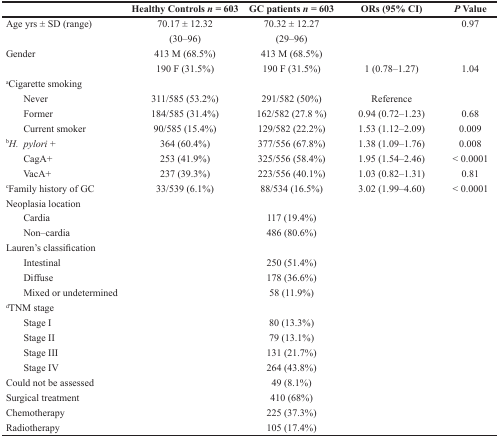
<table><thead><tr><td></td><td><b>Healthy Controls <i>n</i> = 603</b></td><td><b>GC patients <i>n</i> = 603</b></td><td><b>ORs (95% CI)</b></td><td><b><i>P</i> Value</b></td></tr></thead><tbody><tr><td>Age yrs ± SD (range)</td><td>70.17 ± 12.32</td><td>70.32 ± 12.27</td><td></td><td>0.97</td></tr><tr><td></td><td>(30–96)</td><td>(29–96)</td><td></td><td></td></tr><tr><td>Gender</td><td>413 M (68.5%)</td><td>413 M (68.5%)</td><td></td><td></td></tr><tr><td></td><td>190 F (31.5%)</td><td>190 F (31.5%)</td><td>1 (0.78–1.27)</td><td>1.04</td></tr><tr><td><sup>a</sup>Cigarette smoking</td><td></td><td></td><td></td><td></td></tr><tr><td> Never</td><td>311/585 (53.2%)</td><td>291/582 (50%)</td><td>Reference</td><td></td></tr><tr><td> Former</td><td>184/585 (31.4%)</td><td>162/582 (27.8 %)</td><td>0.94 (0.72–1.23)</td><td>0.68</td></tr><tr><td> Current smoker</td><td>90/585 (15.4%)</td><td>129/582 (22.2%)</td><td>1.53 (1.12–2.09)</td><td>0.009</td></tr><tr><td><sup>b</sup><i>H. pylori</i> +</td><td>364 (60.4%)</td><td>377/556 (67.8%)</td><td>1.38 (1.09–1.76)</td><td>0.008</td></tr><tr><td> CagA+</td><td>253 (41.9%)</td><td>325/556 (58.4%)</td><td>1.95 (1.54–2.46)</td><td>&lt; 0.0001</td></tr><tr><td> VacA+</td><td>237 (39.3%)</td><td>223/556 (40.1%)</td><td>1.03 (0.82–1.31)</td><td>0.81</td></tr><tr><td><sup>c</sup>Family history of GC</td><td>33/539 (6.1%)</td><td>88/534 (16.5%)</td><td>3.02 (1.99–4.60)</td><td>&lt; 0.0001</td></tr><tr><td>Neoplasia location</td><td></td><td></td><td></td><td></td></tr><tr><td> Cardia</td><td></td><td>117 (19.4%)</td><td></td><td></td></tr><tr><td> Non–cardia</td><td></td><td>486 (80.6%)</td><td></td><td></td></tr><tr><td>Lauren&#x27;s classification</td><td></td><td></td><td></td><td></td></tr><tr><td> Intestinal</td><td></td><td>250 (51.4%)</td><td></td><td></td></tr><tr><td> Diffuse</td><td></td><td>178 (36.6%)</td><td></td><td></td></tr><tr><td> Mixed or undetermined</td><td></td><td>58 (11.9%)</td><td></td><td></td></tr><tr><td><sup>d</sup>TNM stage</td><td></td><td></td><td></td><td></td></tr><tr><td> Stage I</td><td></td><td>80 (13.3%)</td><td></td><td></td></tr><tr><td> Stage II</td><td></td><td>79 (13.1%)</td><td></td><td></td></tr><tr><td> Stage III</td><td></td><td>131 (21.7%)</td><td></td><td></td></tr><tr><td> Stage IV</td><td></td><td>264 (43.8%)</td><td></td><td></td></tr><tr><td>Could not be assessed</td><td></td><td>49 (8.1%)</td><td></td><td></td></tr><tr><td>Surgical treatment</td><td></td><td>410 (68%)</td><td></td><td></td></tr><tr><td>Chemotherapy</td><td></td><td>225 (37.3%)</td><td></td><td></td></tr><tr><td>Radiotherapy</td><td></td><td>105 (17.4%)</td><td></td><td></td></tr></tbody></table>